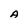
Character: A